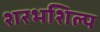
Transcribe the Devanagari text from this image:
शरभशिल्प